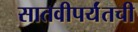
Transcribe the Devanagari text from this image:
सातवीपर्यंतची